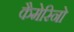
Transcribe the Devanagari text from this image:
कैमेरिनो